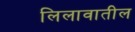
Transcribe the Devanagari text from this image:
लिलावातील